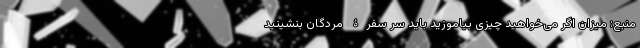
منبع: میزان اگر می‌خواهید چیزی بیاموزید باید سر سفرۀ مردگان بنشینید